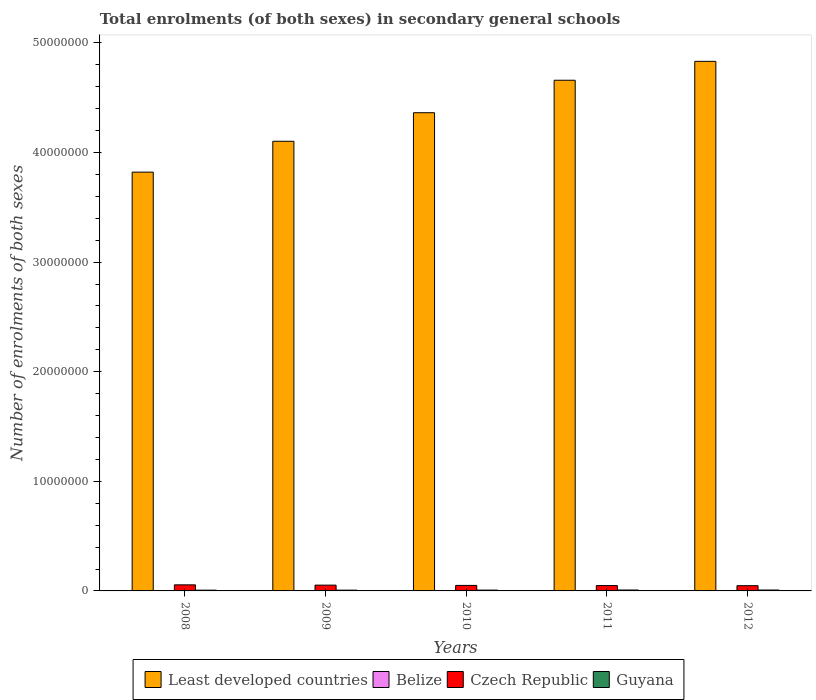
| Years | Least developed countries | Belize | Czech Republic | Guyana |
 | --- | --- | --- | --- | --- |
 | 2008 | 3.82e+07 | 2.98e+04 | 5.54e+05 | 6.96e+04 |
 | 2009 | 4.1e+07 | 3.04e+04 | 5.28e+05 | 7.08e+04 |
 | 2010 | 4.36e+07 | 3.15e+04 | 5.02e+05 | 7.53e+04 |
 | 2011 | 4.66e+07 | 3.21e+04 | 4.87e+05 | 8.27e+04 |
 | 2012 | 4.83e+07 | 3.37e+04 | 4.77e+05 | 8.14e+04 |